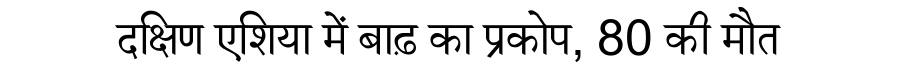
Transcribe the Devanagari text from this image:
दक्षिण एशिया में बाढ़ का प्रकोप, 80 की मौत